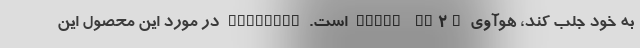
به خود جلب کند، هوآوی Watch GT2e است. Newsweek در مورد این محصول این